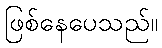
ဖြစ်နေပေသည်။